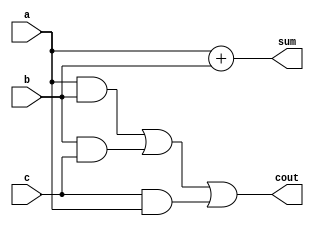
module fulladder(sum,cout,a,b,c);
	input a,b,c;
	output sum,cout;
	assign sum = a+b;
	assign cout = (a&b) | (b&c) | (c&a);
endmodule